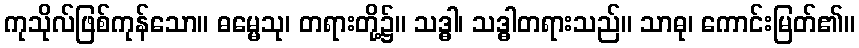
ကုသိုလ်ဖြစ်ကုန်သော။ ဓမ္မေသု၊ တရားတို့၌။ သဒ္ဓါ၊ သဒ္ဓါတရားသည်။ သာဓု၊ ကောင်းမြတ်၏။